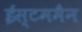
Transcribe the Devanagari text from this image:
ईस्टममैन